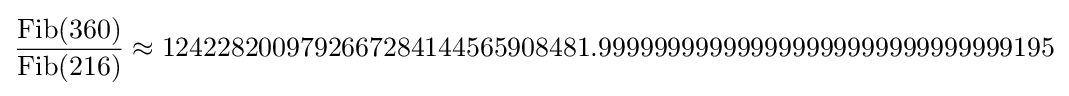
{\frac {\operatorname {Fib} (360)}{\operatorname {Fib} (216)}}\approx 1242282009792667284144565908481.999999999999999999999999999999195